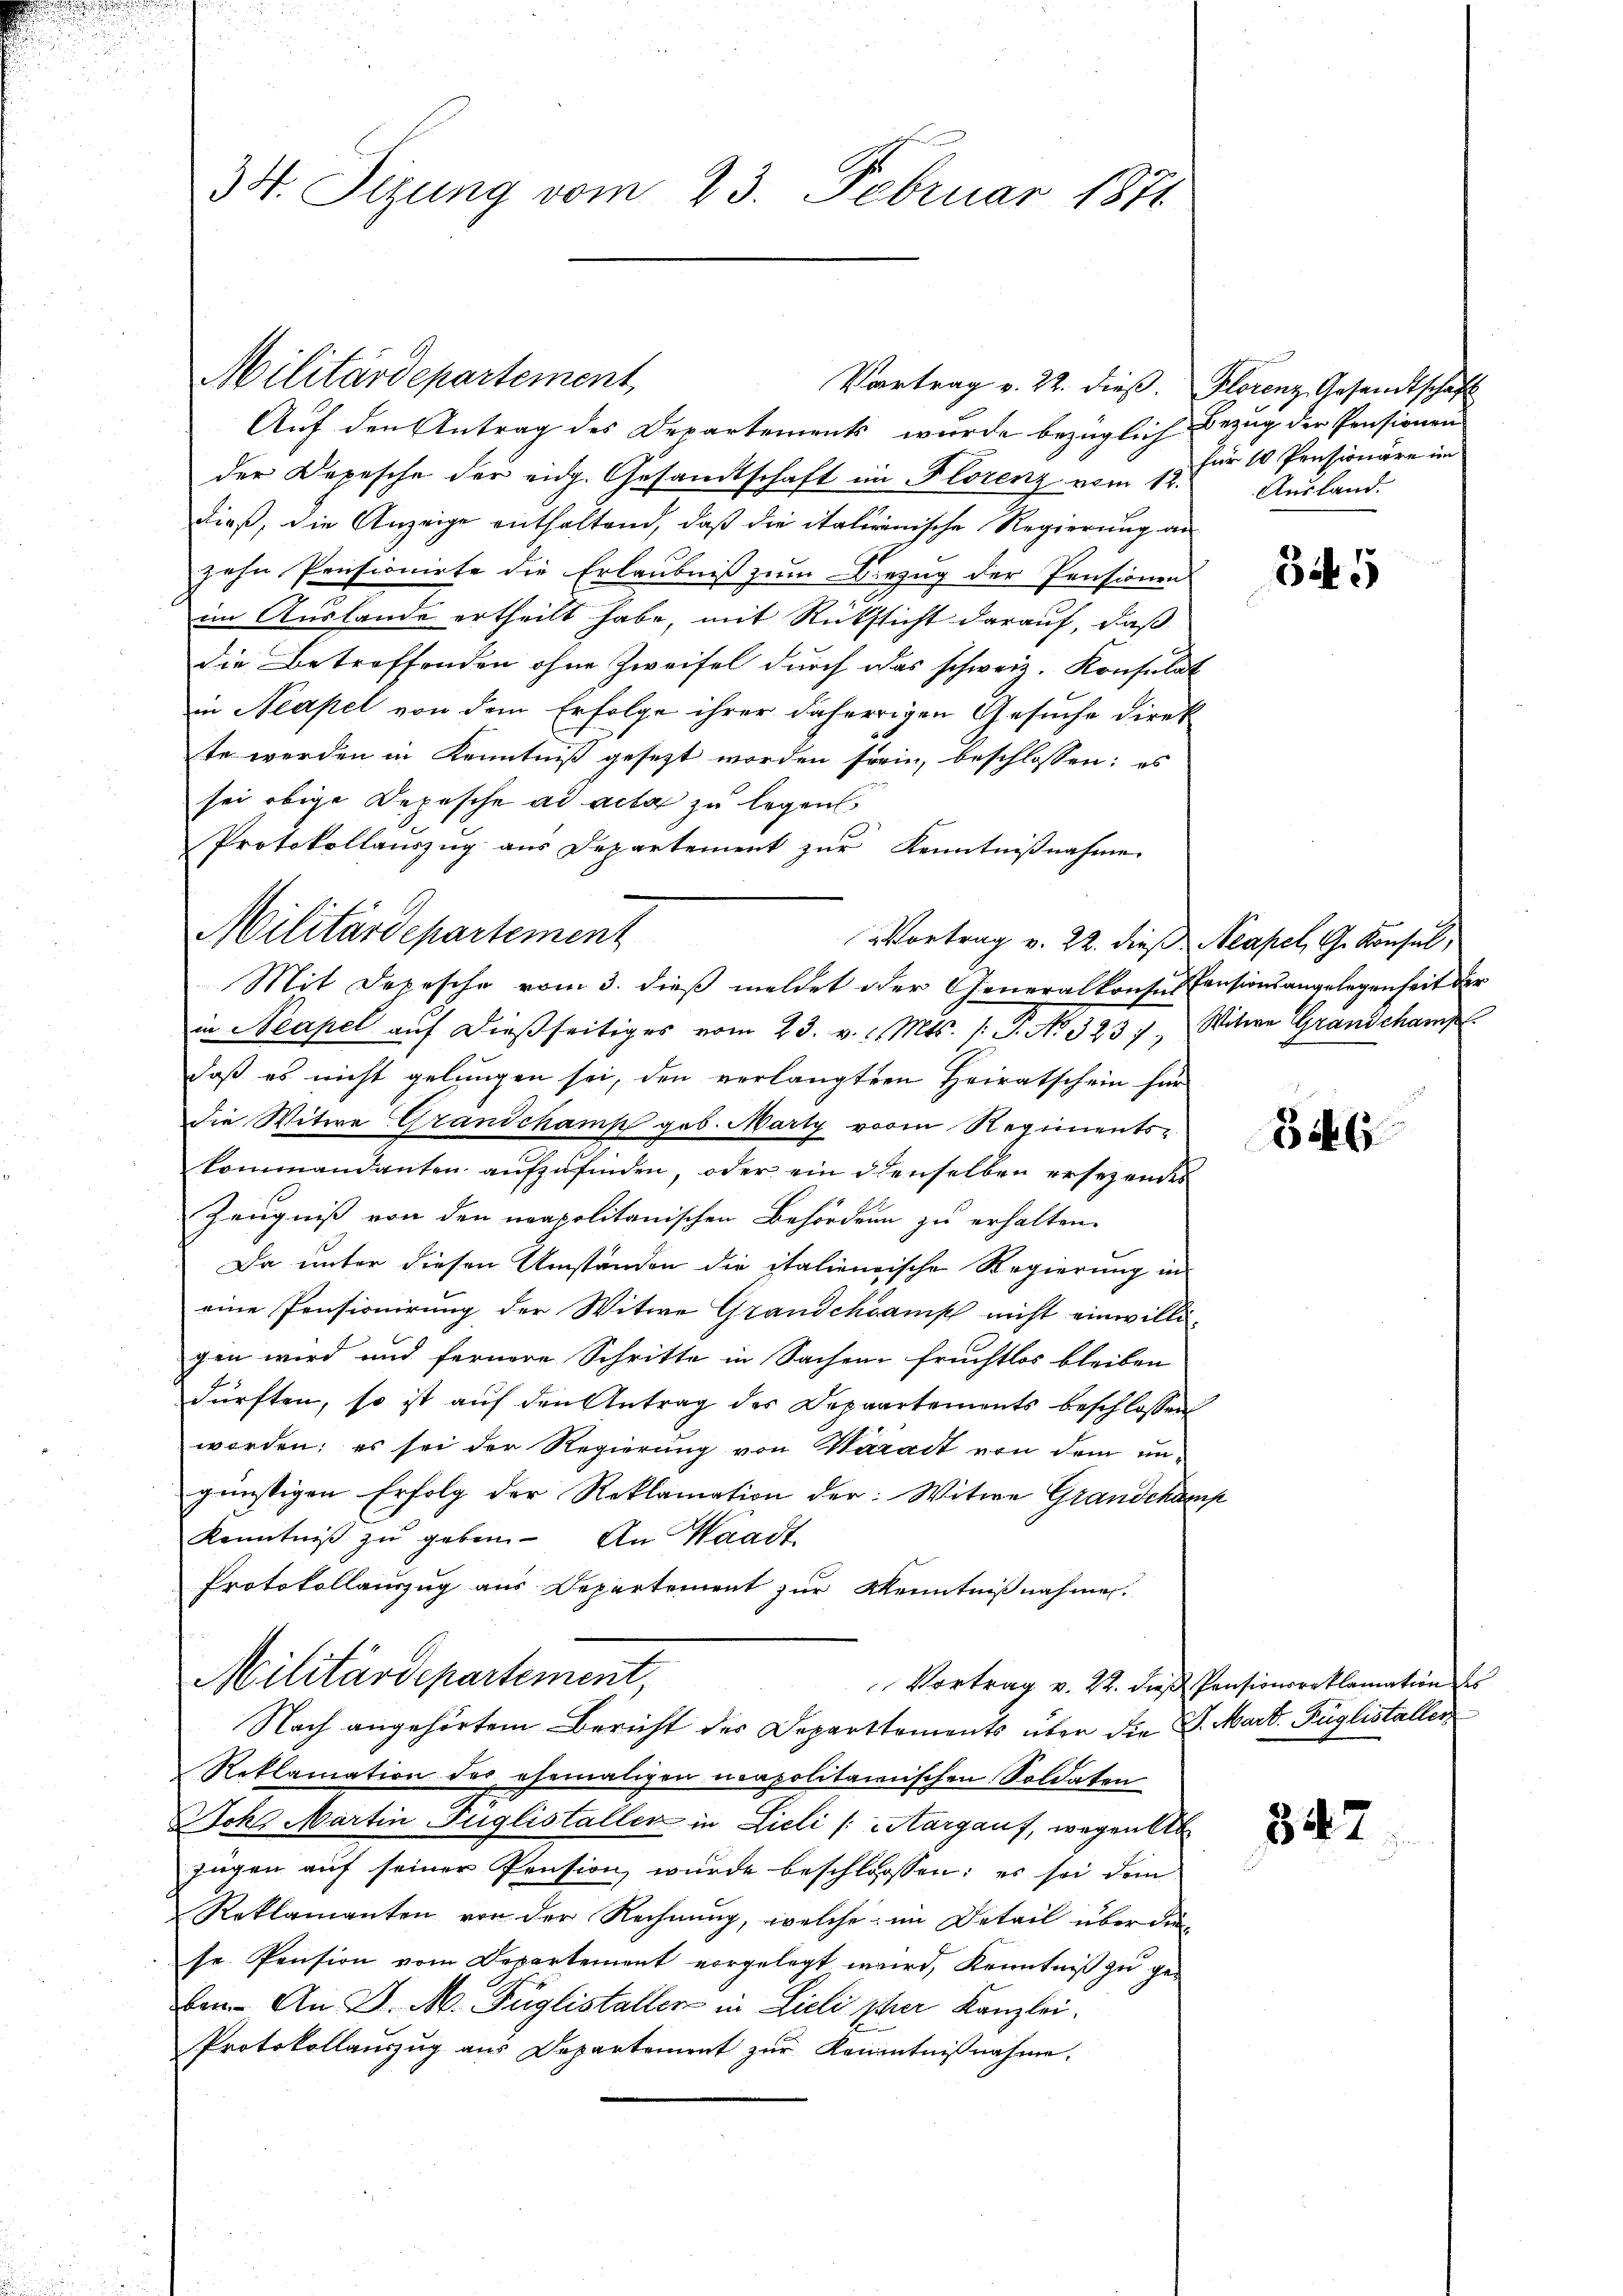
34. Sizung vom 23. Februar 1871

Militärdepartement,
Auf den Antrag des Departements, wurde bezüglich Bezug der Pensionen
der Depesche der eidg. Gesandtschaft im Florenz vom 12.
dieß, die Anzeige enthaltend, daß die italienische Regierung an
zehn Pensionirte die Erlaubniß zum Diezug der Pensionen
im Auslande ertheilt habe, mit Rüksicht darauf, daß
die Betreffenden ohne Zweifel durch das schweiz. Konsulat
in Neapel von dem Erfolge ihrer daherigen Gesuche direk
te werden in Kenntniß gesezt worden sein, beschlossen: es
sei obige Depesche ad acta zu legen
Protokollauszug aus Departement zur Kenntnißnahme
Vortrag v. 22. dieß Neapel, G. Konsul,
Mit Depesche vom 3. dieß meldet oder Generalkonses Pensionsangelegenheit der
in Neapel aŭf dießseitiges vom 23. v. Mts. /: P. No. 323. Witwe Grandchamp
daß es nicht gelungen sei, den verlangten Heiratschein für
die Witwe Grandchamp geb. Marty vom Regiments-
kommandanten aŭfzŭfinden, oder ein denselben ersezendes
Zeugniß von den neapolitanischen Behördern zu erhalten.
Da unter diesen Umständen die italienische Regierung in
eine Pensionirung der Witwe Grandchamp nicht einwilli-
gen wird und fernere Schritte in Sachen fruchtlos bleiben
dürften, so ist auf den Antrag des Depaartements beschlossen
worden; es sei der Regierung von Waract von dem un-
günstigen Erfolg der Reklamation der: Witwe Grandekamp
Kenntniβ zŭ geben. An Waadt
Protokollauszug aus Departement zur Kenntnißnahmen.
Militärdepartement,
Vortrag v. 22. dieß Pensionsreklamation des
Nach angehörtem Bericht der Departtements über die S. Mart. Füglistaller
Reklamation des ehemaligen napolitainischen Soldaten
Joka Martin Fuglistaller in Lieli /: Margauf, wegen Ab
zügen aŭf seiner Pension wurde beschlossen: es sei dem
Reklamanten von der Rechnung, welche im Detail über die
se Pension vom Departement vorgelegt wird, Kenntniß zu ge-
ben. An D. M. Füglistaller in Lieli per Kanzlei.
Protokollauszug aus Departement zur Kenntnißnahme.

Militärdepartement

Vortrag v. 22. dieß. Florenz, Gesandtschaft

für 10 Pensionäre im
Ausland.

345

346

347